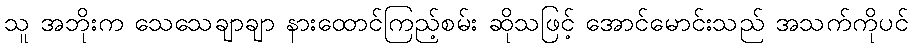
သူ အဘိုးက သေသေချာချာ နားထောင်ကြည့်စမ်း ဆိုသဖြင့် အောင်မောင်းသည် အသက်ကိုပင်